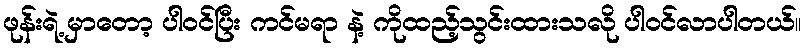
ဖုန်းရဲ့ မှာတော့ ပါဝင်ပြီး ကင်မရာ နဲ့ ကိုထည့်သွင်းထားသလို ပါဝင်လာပါတယ်။